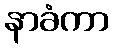
နာခံကာ